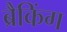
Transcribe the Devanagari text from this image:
ब्रैकिंग